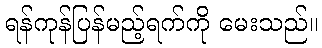
ရန်ကုန်ပြန်မည့်ရက်ကို မေးသည်။